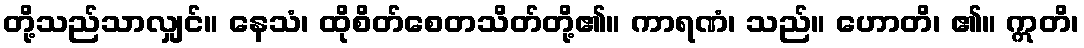
တို့သည်သာလျှင်။ နေသံ၊ ထိုစိတ်စေတသိတ်တို့၏။ ကာရဏံ၊ သည်။ ဟောတိ၊ ၏။ ဣတိ၊